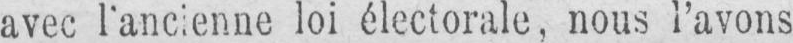
avec l’ancienne loi électorale, nous l’avons